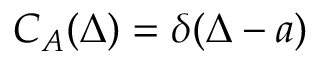
C _ { A } ( \Delta ) = \delta ( \Delta - a )